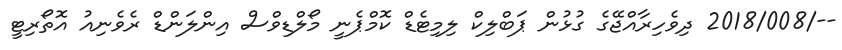
--/2018/008 ދިވެހިރާއްޖޭގެ ގުޅުން ޕަބްލިކް ލިމިޓެޑް ކޮމްޕެނީ މޯލްޑިވްސް އިންލަންޑް ރެވެނިއު އޮތޯރިޓީ